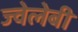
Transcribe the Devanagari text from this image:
ज्वेलेबी